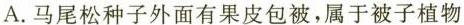
A.马尾松种子外面有果皮包被，属于被子植物